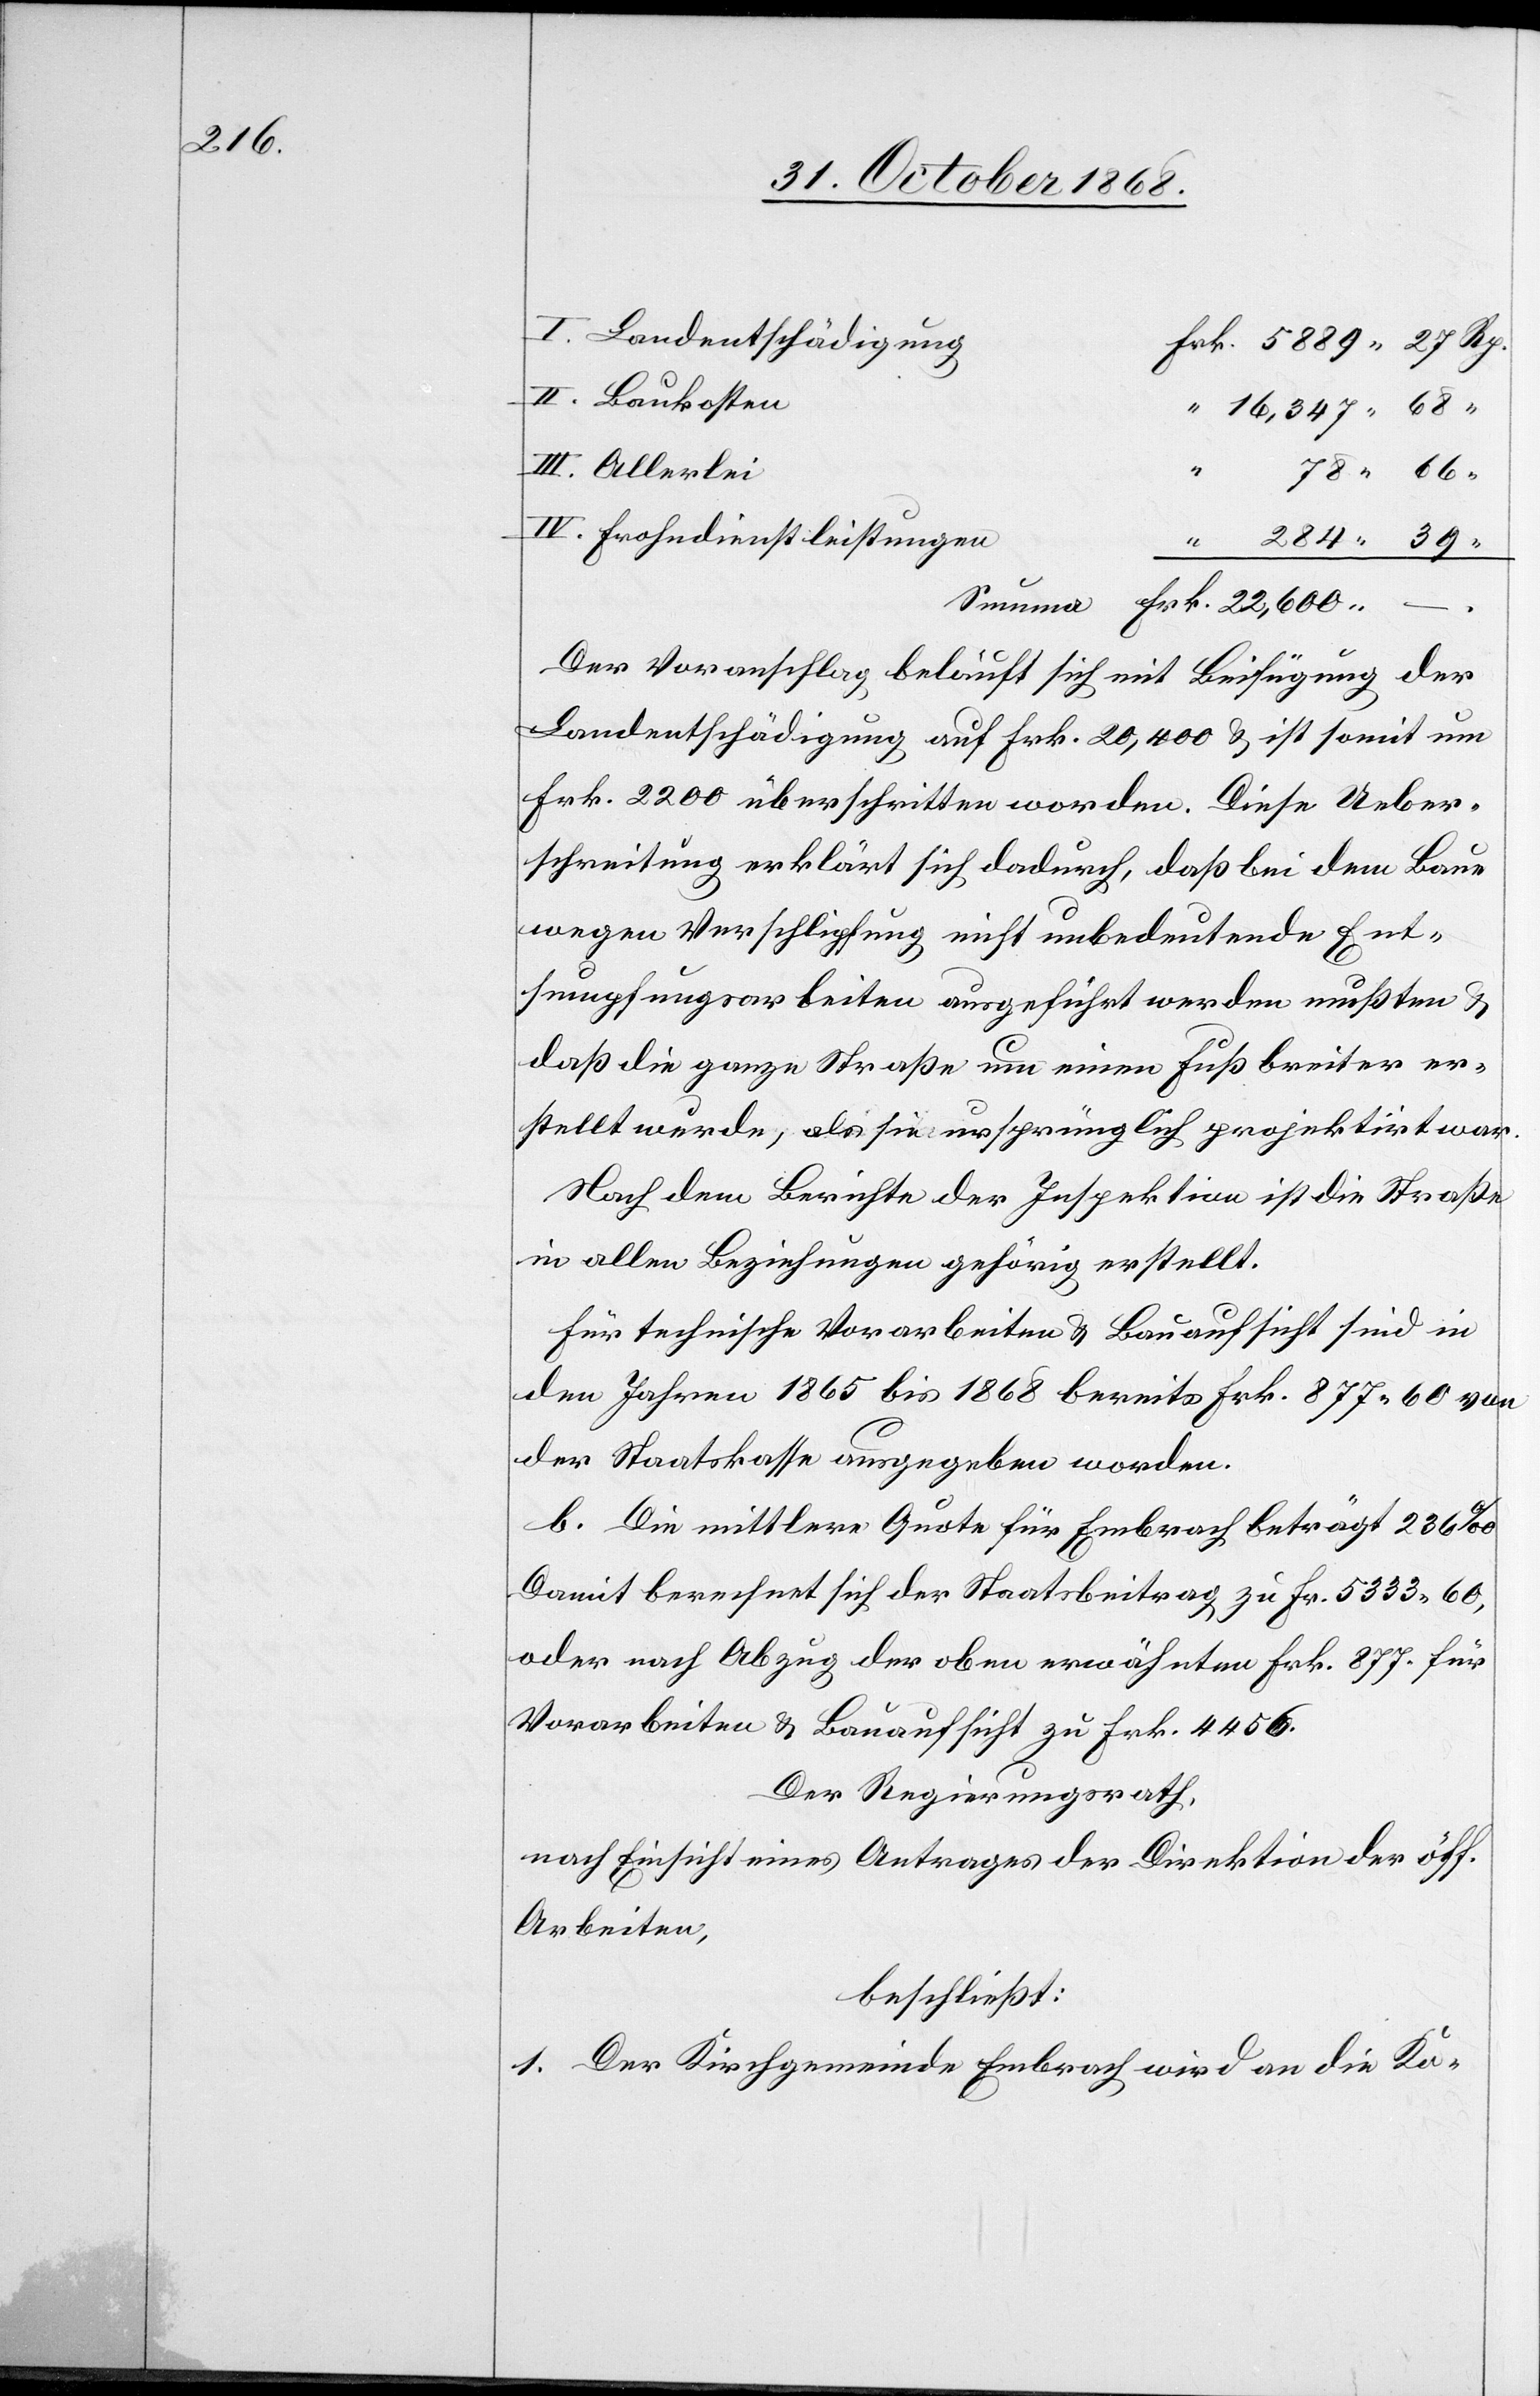
78 66

Landentschädigung
Frk. 5889 27 Rp.
Baukosten
“ 16,347 68 “
Frohndienstleistungen
Der Voranschlag beläuft sich mit Beifügung der
Landentschädigung auf Frk. 20,400 & ist somit um
Frk. 2200 überschritten worden. Diese Ueber¬
schreitung erklärt sich dadurch, daß bei dem Baue
wegen Verschlipfung nicht unbedeutende Ent¬
sumpfungsarbeiten ausgeführt werden mußten &
daß die ganze Straße um einen Fuß breiter er¬
stellt wurde, als sie ursprünglich projektirt war.
Nach dem Berichte der Inspektion ist die Straße
in allen Beziehungen gehörig erstellt.
Für technische Vorarbeiten & Bauaufsicht sind in
den Jahren 1865 bis 1868 bereits Frk. 877.60 von
der Staatskasse ausgegeben worden.
b. Die mittlere Quote für Embrach beträgt 236‰.
Damit berechnet sich der Staatsbeitrag zu Fr. 5333.60,
oder nach Abzug der oben erwähnten Frk. 877. für
Vorarbeiten & Bauaufsicht zu Frk. 4456.
Der Regierungsrath,
nach Einsicht eines Antrages der Direktion der öff.
Arbeiten,
beschließt:
1. Der Kirchgemeinde Embrach wird an die Ko-